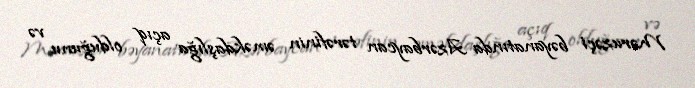
Məruzəçi bəyanatında Azərbaycan tərəfinin əməkdaşlığa açıq olduğunu və